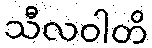
သီလဝါတိ